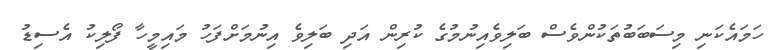
ހަމައެކަނި މިސަބަބުތަކުންވެސް ބަލިވެއިނުމުގެ ކުރިން އަދި ބަލިވެ އިނުމަށްފަހު މައިމީހާ ފޯލިކު އެސިޑު